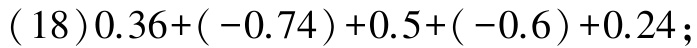
$(18)0.36+(-0.74)+0.5+(-0.6)+0.24;$